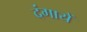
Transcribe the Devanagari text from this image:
दंगायें